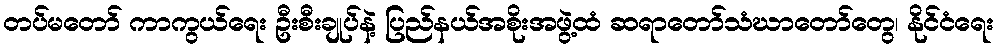
တပ်မတော် ကာကွယ်ရေး ဦးစီးချုပ်နဲ့ ပြည်နယ်အစိုးအဖွဲ့ထံ ဆရာတော်သံဃာတော်တွေ၊ နိုင်ငံရေး